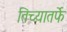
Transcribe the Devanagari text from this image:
तिच्यातर्फे